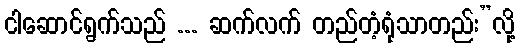
ငါဆောင်ရွက်သည် ... ဆက်လက် တည်တံ့ရုံသာတည်း”လို့